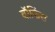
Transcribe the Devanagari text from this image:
वॉकिंस